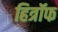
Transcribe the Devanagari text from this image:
हित्रॉफ